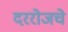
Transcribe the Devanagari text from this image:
दररोजचे